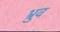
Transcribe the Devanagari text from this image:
भ्रुव